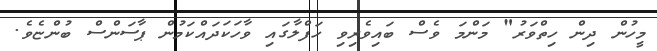
މީހުން ދިން ހިތްވަރު" މަންމަ ވެސް ބައިވެރިވި ހަފްލާގައި ވާހަކަދައްކަމުން ޕާސަންސް ބުންޏެވެ.